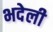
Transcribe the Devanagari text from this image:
भदेली